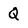
Character: Q